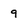
Character: 9